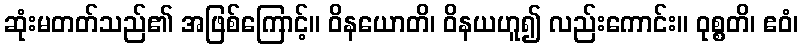
ဆုံးမတတ်သည်၏ အဖြစ်ကြောင့်။ ဝိနယောတိ၊ ဝိနယဟူ၍ လည်းကောင်း။ ဝုစ္စတိ၊ ဧဝံ၊